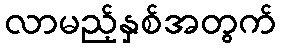
လာမည့်နှစ်အတွက်